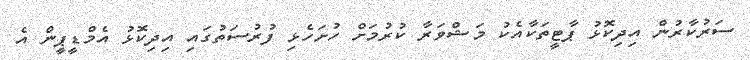
ސަރުކާރުން އިދިކޮޅު ޕާޓީތަކާއެކު މަޝްވަރާ ކުރުމަށް ހުށަހެޅި ފުރުސަތުގައި އިދިކޮޅު އެމްޑީޕީން އެ